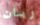
ربان